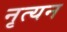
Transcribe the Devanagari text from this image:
नृत्यन